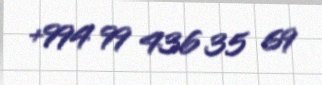
+994 99 436 35 69